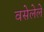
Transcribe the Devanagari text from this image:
वसेलेले